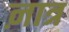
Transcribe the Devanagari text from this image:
ऩात्र